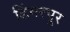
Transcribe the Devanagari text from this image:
डिंगरपूर